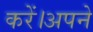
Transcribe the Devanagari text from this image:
करें।अपने